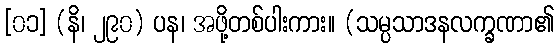
[၀၁] (နိ၊ ၂၉၀) ပန၊ အဖို့တစ်ပါးကား။ (သမ္ပသာဒနလက္ခဏာ၏